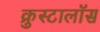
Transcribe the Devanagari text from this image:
क्रुस्टालॉस